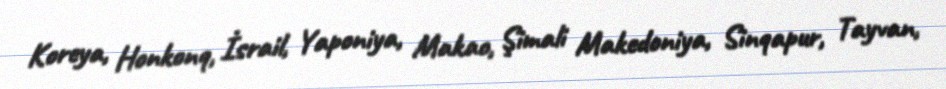
Koreya, Honkonq, İsrail, Yaponiya, Makao, Şimali Makedoniya, Sinqapur, Tayvan,